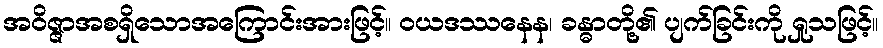
အဝိဇ္ဇာအစရှိသောအကြောင်းအားဖြင့်။ ဝယဒဿနေန၊ ခန္ဓာတို့၏ ပျက်ခြင်းကို ရှုသဖြင့်။